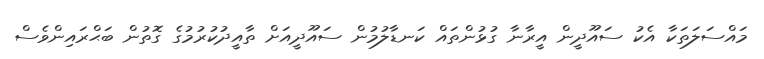
މައްސަލަތަކާ އެކު ސައޫދީން އީރާނާ ގުޅުންތައް ކަނޑާލުމުން ސައޫދީއަށް ތާއީދުކުރުމުގެ ގޮތުން ބަޙްރައިންވެސް